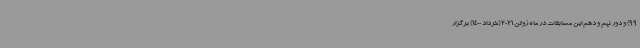
99) و دور نهم و دهم این مسابقات در ماه ژوئن 2021 (خرداد 1400) برگزار